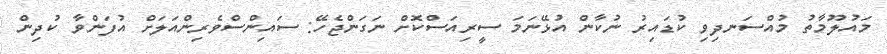
މައުލޫމާތު މުއްސަނދިވި ކުޑައިރު ނުކާން އުޅޭނަމަ ސީރިއަސްކޮށް ނަގަންޖެހޭ: ސައިންސްވެރިންއަލަށް އުފަންވާ ކުދިން